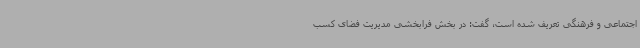
اجتماعی و فرهنگی تعریف شده است، گفت: در بخش فرابخشی مدیریت فضای کسب